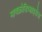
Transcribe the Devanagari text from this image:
मायक्रोडिव्हाइसेस